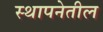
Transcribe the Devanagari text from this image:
स्थापनेतील